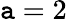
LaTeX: \mathtt{a}=2